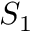
S _ { 1 }